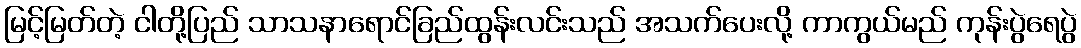
မြင့်မြတ်တဲ့ ငါတို့ပြည် သာသနာရောင်ခြည်ထွန်းလင်းသည် အသက်ပေးလို့ ကာကွယ်မည် ကုန်းပွဲရေပွဲ